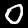
Digit: 0